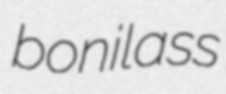
bonilass